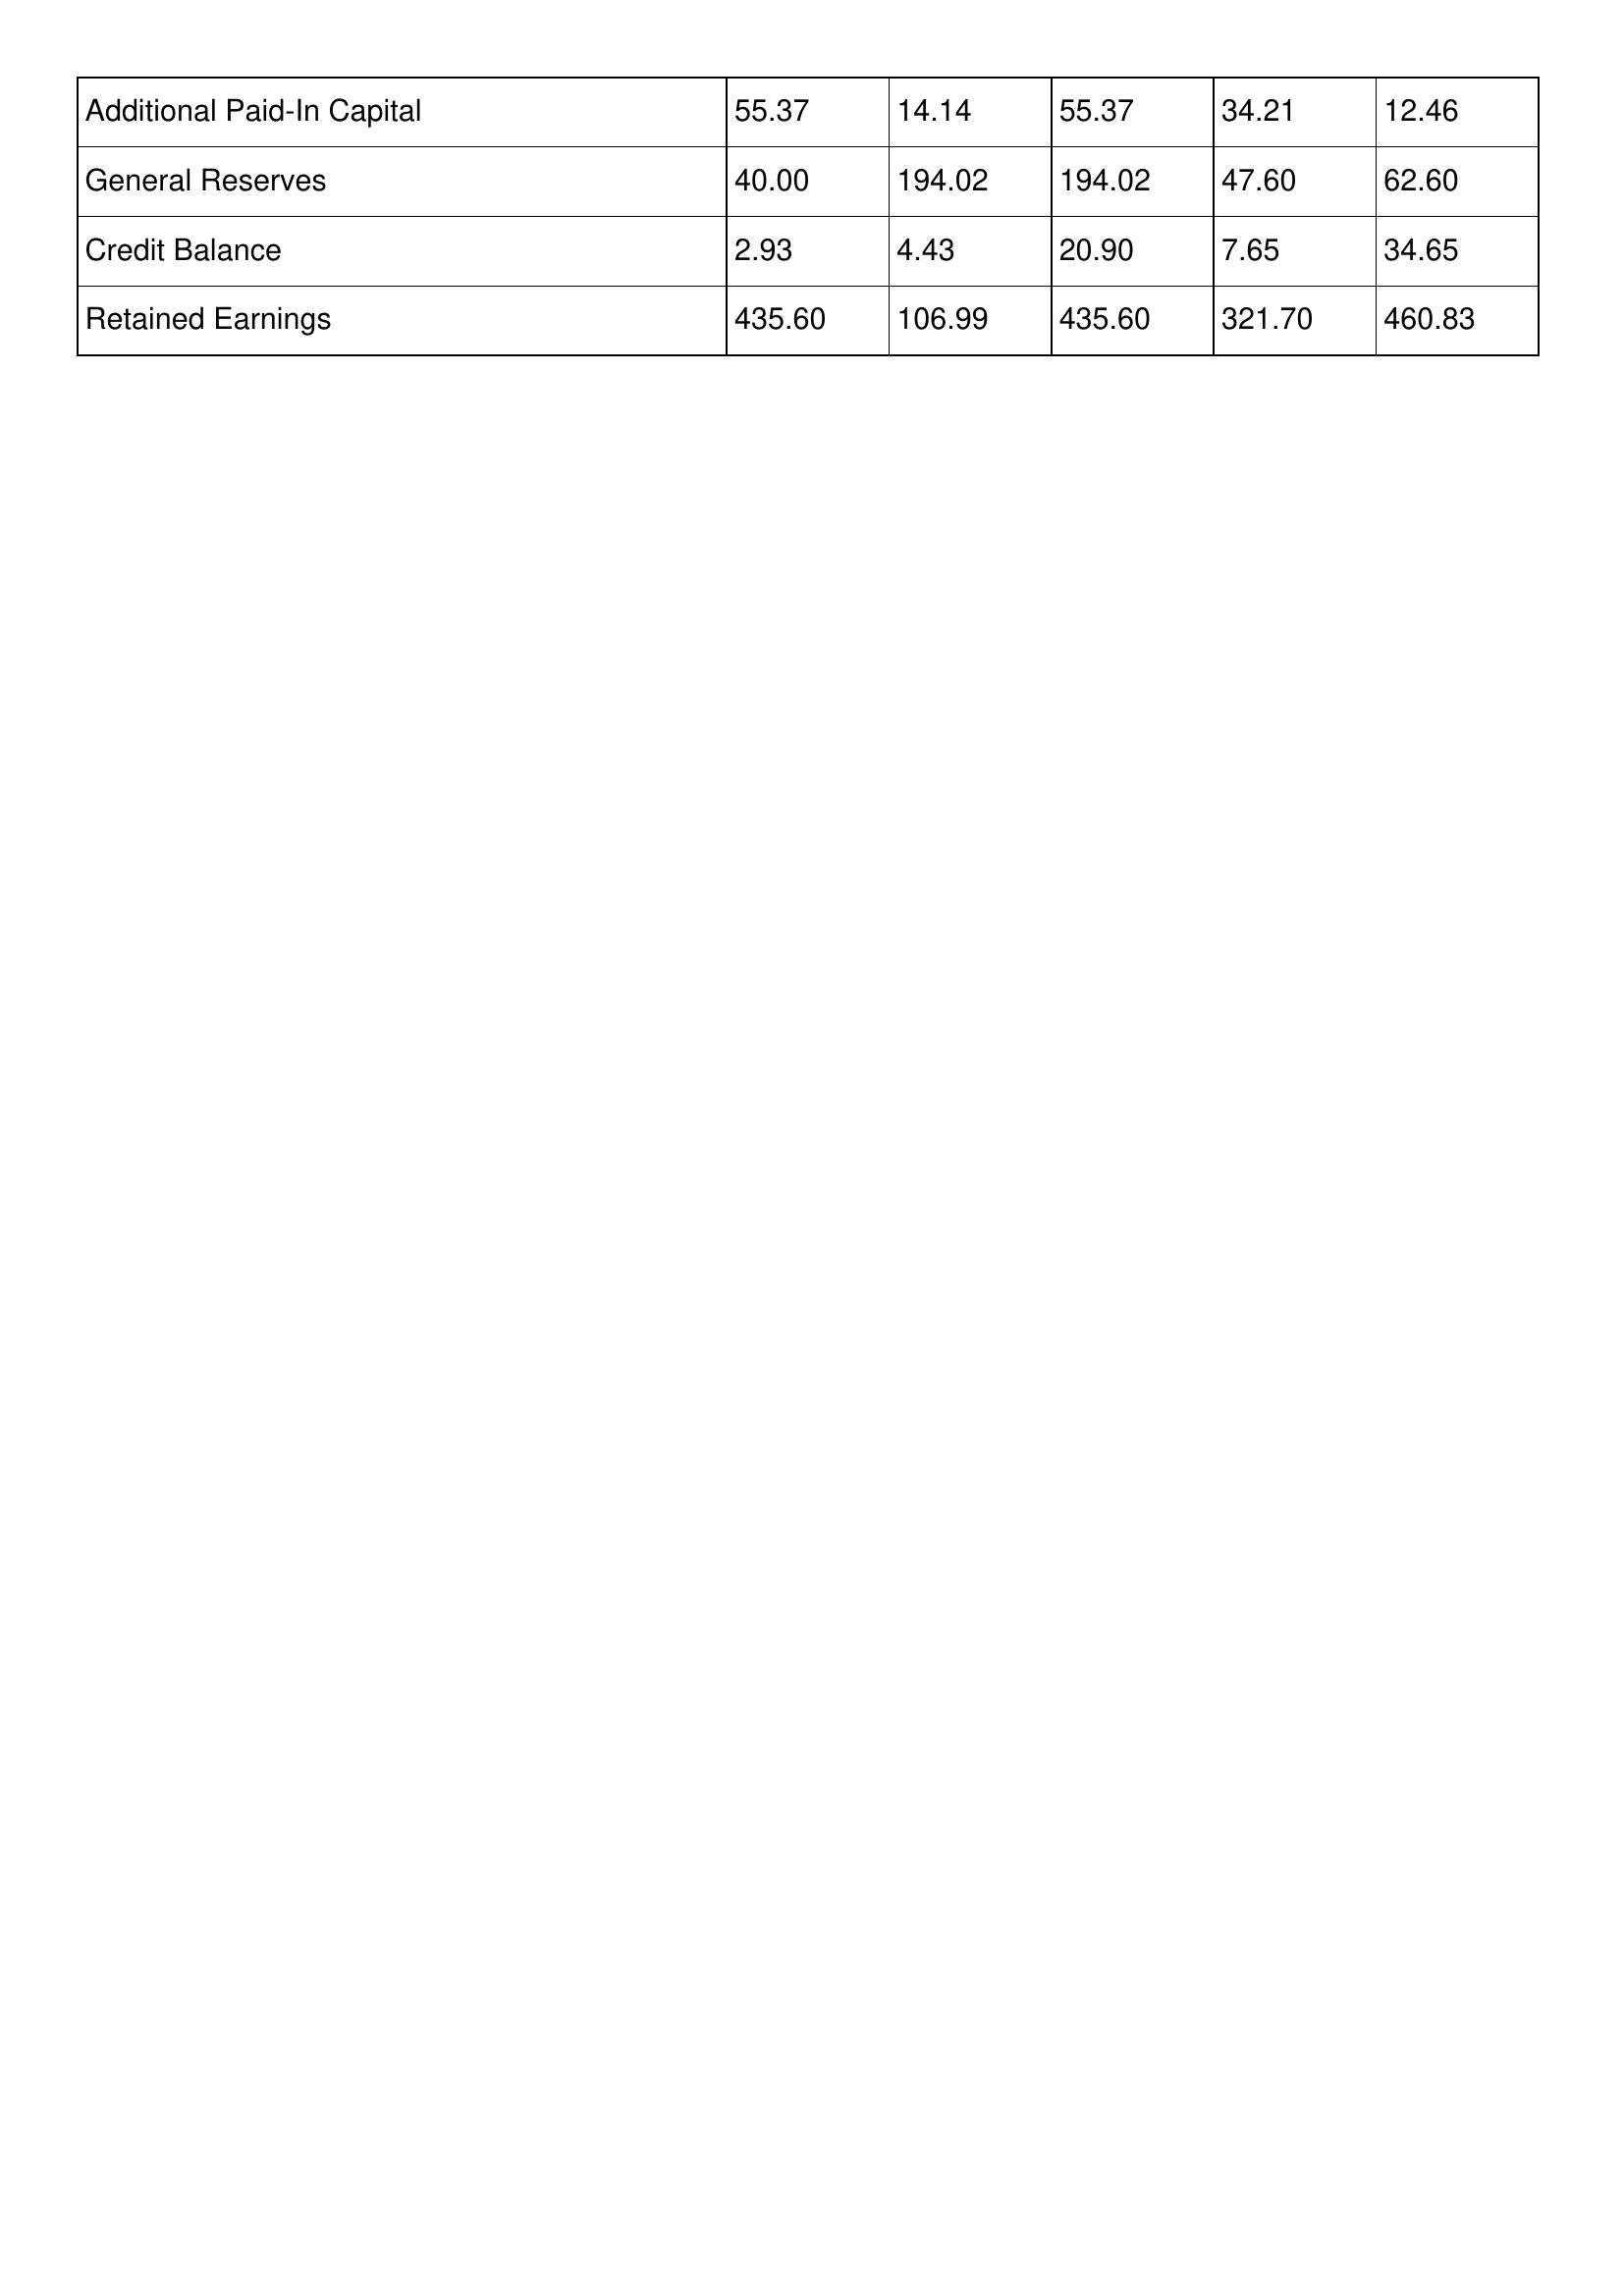
gt_parse: 2005: Additional Paid-In Capital: 55.37
General Reserves: 40.00
Credit Balance: 2.93
Retained Earnings: 435.60
2004: Additional Paid-In Capital: 14.14
General Reserves: 194.02
Credit Balance: 4.43
Retained Earnings: 106.99
2003: Additional Paid-In Capital: 55.37
General Reserves: 194.02
Credit Balance: 20.90
Retained Earnings: 435.60
2002: Additional Paid-In Capital: 34.21
General Reserves: 47.60
Credit Balance: 7.65
Retained Earnings: 321.70
2001: Additional Paid-In Capital: 12.46
General Reserves: 62.60
Credit Balance: 34.65
Retained Earnings: 460.83